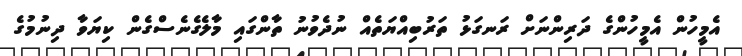
އެމީހުން އެމީހުންގެ ދަރިންނަށް ރަނގަޅު ތަރުބިއްޔަތެއް ނުދެވުނު ތާންގައި މާލެގެނެސްގެން ކިޔަވާ ދިނުމުގެ